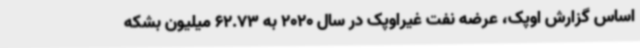
اساس گزارش اوپک، عرضه نفت غیراوپک در سال 2020 به 62.73 میلیون بشکه